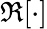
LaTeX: \Re[\cdot]